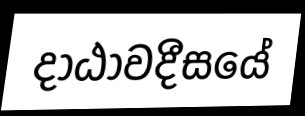
දාඨාවදීසයේ